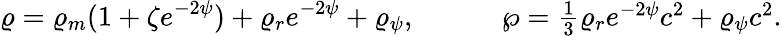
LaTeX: \varrho=\varrho_{m}(1+\zeta e^{-2\psi})+\varrho_{r}e^{-2\psi}+\varrho_{\psi},\ \ \ \ \ \ \ \ \ \ \ \ \wp=\textstyle{\frac{1}{3}}\varrho_{r}e^{-2\psi}c^{2}+\varrho_{\psi}c^{2}.